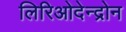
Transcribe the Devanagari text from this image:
लिरिओदेन्द्रोन